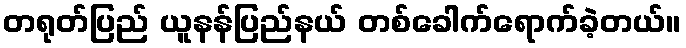
တရုတ်ပြည် ယူနန်ပြည်နယ် တစ်ခေါက်ရောက်ခဲ့တယ်။